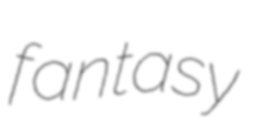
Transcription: fantasy